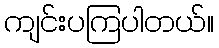
ကျင်းပကြပါတယ်။